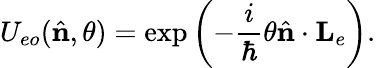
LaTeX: U_{eo}({\hat{\mathbf{n}}},\theta)=\exp\left(-\frac{i}{\hbar}\theta{\hat{\mathbf{n}}}\cdot{\mathbf{L}}_{e}\right).